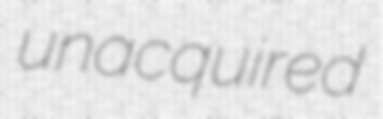
unacquired